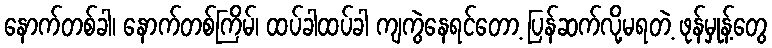
နောက်တစ်ခါ၊ နောက်တစ်ကြိမ်၊ ထပ်ခါထပ်ခါ ကျကွဲနေရင်တော့ ပြန်ဆက်လို့မရတဲ့ ဖုန်မှုန့်တွေ